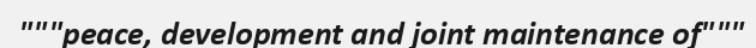
"""peace, development and joint maintenance of"""